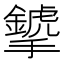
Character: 𢹁